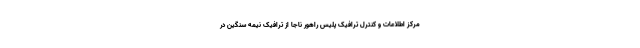
مرکز اطلاعات و کنترل ترافیک پلیس راهور ناجا از ترافیک نیمه سنگین در